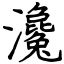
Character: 瀺